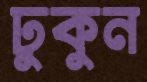
ঢুকুন